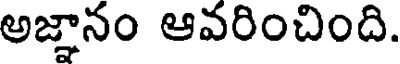
అజ్ఞానం ఆవరించింది.